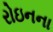
રોઇનના